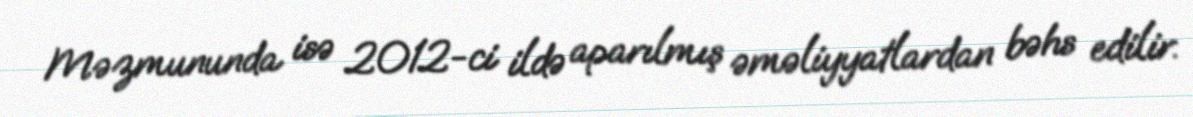
Məzmununda isə 2012-ci ildə aparılmış əməliyyatlardan bəhs edilir.